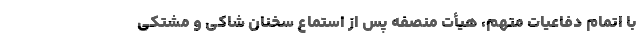
با اتمام دفاعیات متهم، هیأت منصفه پس از استماع سخنان شاکی و مشتکی